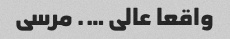
واقعا عالی …. مرسی